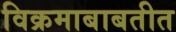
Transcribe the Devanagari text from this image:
विक्रमाबाबतीत